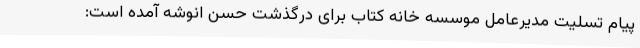
پیام تسلیت مدیرعامل موسسه خانه کتاب برای درگذشت حسن انوشه آمده است: